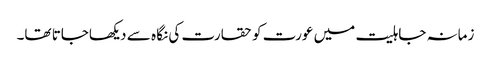
زمانہ جاہلیت میں عورت کو حقارت کی نگا ہ سے دیکھاجاتا تھا۔